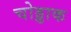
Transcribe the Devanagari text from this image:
चोड्डाक